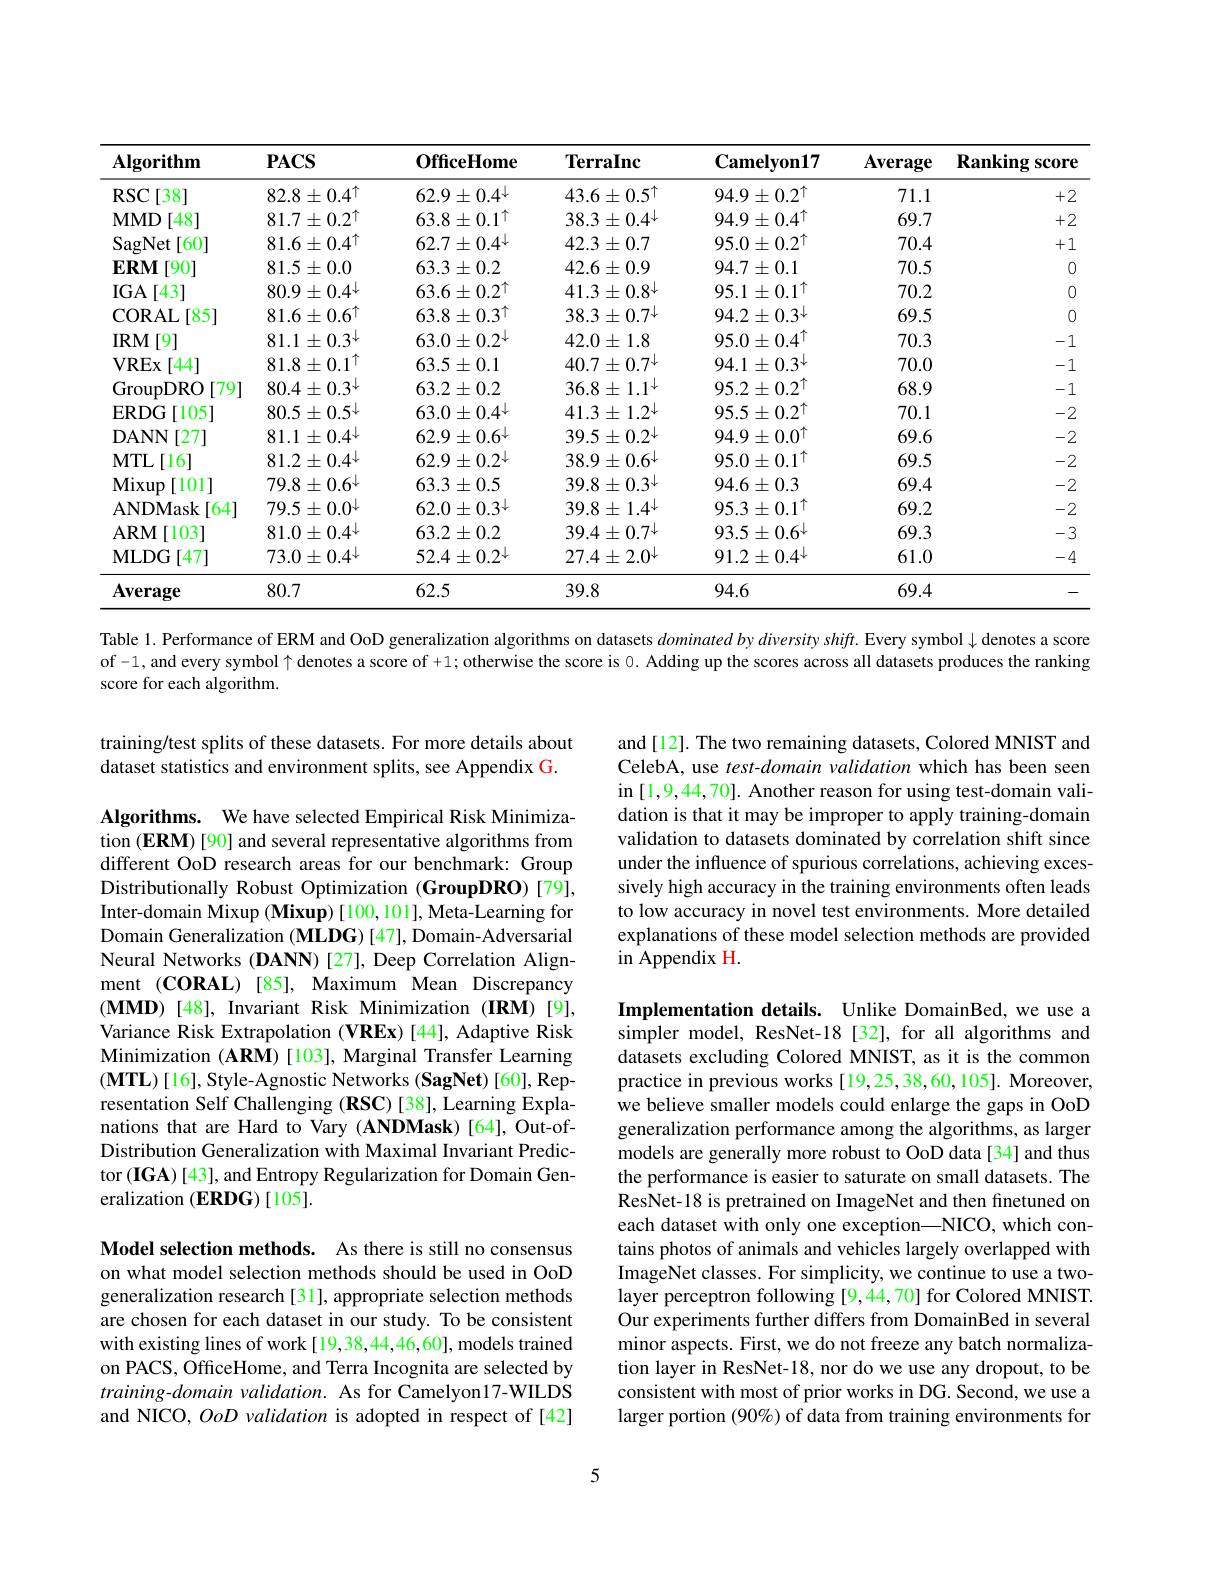
<table>
	<tbody>
		<tr>
			<th>$\mathbf{Algorithm}$</th>
			<th>$PACS$</th>
			<th>$\mathbf{OfficeHome}$</th>
			<th>$\mathbf{TerraInc}$</th>
			<th>$\mathbf{Camelyon17}$</th>
			<th>$\mathbf{Average}$</th>
			<th>$\mathbf{Ranking}$ $\mathbf{score}$</th>
		</tr>
		<tr>
			<td>$RSC$ $[38^{-}$</td>
			<td>$82.8\pm0.4^{\uparrow}$</td>
			<td>$62.9\pm0.4^{\downarrow}$</td>
			<td>$43.6\pm0.5^{\uparrow}$</td>
			<td>$94.9\pm0.2^{\uparrow}$</td>
			<td>71.1</td>
			<td>+2</td>
		</tr>
		<tr>
			<td>$\mathbf{MMD}$ $\lceil48^{-}$</td>
			<td>$81.7\pm0.2^{\uparrow}$</td>
			<td>$63.8\pm0.1^{\uparrow}$</td>
			<td>$38.3\pm0.4^{\downarrow}$</td>
			<td>$94.9\pm0.4^{\uparrow}$</td>
			<td>69.7</td>
			<td>+2</td>
		</tr>
		<tr>
			<td>SagNet $\lceil60\rceil$</td>
			<td>$81.6\pm0.4^{\uparrow}$</td>
			<td>$62.7\pm0.4^{\downarrow}$</td>
			<td>$42.3\pm0.7$</td>
			<td>$95.0\pm0.2^{\uparrow}$</td>
			<td>70.4</td>
			<td>+1</td>
		</tr>
		<tr>
			<td>$\mathbf{ERM}$ 901</td>
			<td>$81.5\pm0.0$</td>
			<td>$63.3\pm0.2$</td>
			<td>$42.6\pm0.9$</td>
			<td>$94.7\pm0.1$</td>
			<td>70.5</td>
			<td>0</td>
		</tr>
		<tr>
			<td>$IGA$ [43]</td>
			<td>$80.9\pm0.4^{\downarrow}$</td>
			<td>$63.6\pm0.2^{\uparrow}$</td>
			<td>$41.3\pm0.8^{\downarrow}$</td>
			<td>$95.1\pm0.1^{\uparrow}$</td>
			<td>70.2</td>
			<td>$C$</td>
		</tr>
		<tr>
			<td>CORAL [85] 1</td>
			<td>$81.6\pm0.6^{\uparrow}$</td>
			<td>$63.8\pm0.3^{\uparrow}$</td>
			<td>$38.3\pm0.7^{\downarrow}$</td>
			<td>$94.2\pm0.3^{\downarrow}$</td>
			<td>69.5</td>
			<td>$C$</td>
		</tr>
		<tr>
			<td>$IRM$ [9]</td>
			<td>$81.1\pm0.3^{\downarrow}$</td>
			<td>$63.0\pm0.2^{\downarrow}$</td>
			<td>$42.0\pm1.8$</td>
			<td>$95.0\pm0.4^{\mathrm{T}}$</td>
			<td>70.3</td>
			<td>-1</td>
		</tr>
		<tr>
			<td>VREx $\lceil44$</td>
			<td>$81.8\pm0.1^{\uparrow}$</td>
			<td>$63.5\pm0.1$</td>
			<td>$40.7\pm0.7^{\downarrow}$</td>
			<td>$94.1\pm0.3^{\downarrow}$</td>
			<td>70.0</td>
			<td>-1</td>
		</tr>
		<tr>
			<td>GroupDRO [79]</td>
			<td>$80.4\pm0.3^{\downarrow}$</td>
			<td>$63.2\pm0.2$</td>
			<td>$36.8\pm1.1^{\downarrow}$</td>
			<td>$95.2\pm0.2^{\uparrow}$</td>
			<td>68.9</td>
			<td>-1</td>
		</tr>
		<tr>
			<td>[105] $\operatorname{ERDG}$</td>
			<td>$80.5\pm0.5^{\downarrow}$</td>
			<td>$63.0\pm0.4^{\downarrow}$</td>
			<td>$41.3\pm1.2^{\downarrow}$</td>
			<td>$95.5\pm0.2^{\uparrow}$</td>
			<td>70.1</td>
			<td>-2</td>
		</tr>
		<tr>
			<td>[27] DANN</td>
			<td>$81.1\pm0.4^{\downarrow}$</td>
			<td>$62.9\pm0.6^{\downarrow}$</td>
			<td>$39.5\pm0.2^{\downarrow}$</td>
			<td>$94.9\pm0.0^{\uparrow}$</td>
			<td>69.6</td>
			<td>-2</td>
		</tr>
		<tr>
			<td>$MTL$ [16]</td>
			<td>$81.2\pm0.4^{\downarrow}$</td>
			<td>$62.9\pm0.2^{\downarrow}$</td>
			<td>$38.9\pm0.6^{\downarrow}$</td>
			<td>$95.0\pm0.1^{\uparrow}$</td>
			<td>69.5</td>
			<td>-2</td>
		</tr>
		<tr>
			<td>Mixup 1011</td>
			<td>$79.8\pm0.6^{\downarrow}$</td>
			<td>$63.3\pm0.5$</td>
			<td>$39.8\pm0.3^{\downarrow}$</td>
			<td>$94.6\pm0.3$</td>
			<td>69.4</td>
			<td>-2</td>
		</tr>
		<tr>
			<td>ANDMask $\lceil64\rceil$</td>
			<td>$79.5\pm0.0^{\downarrow}$</td>
			<td>$62.0\pm0.3^{\downarrow}$</td>
			<td>$39.8\pm1.4^{\downarrow}$</td>
			<td>$95.3\pm0.1^{\uparrow}$</td>
			<td>69.2</td>
			<td>-2</td>
		</tr>
		<tr>
			<td>$\mathbf{ARM}$ $[103^{..}]$</td>
			<td>$81.0\pm0.4^{\downarrow}$</td>
			<td>$63.2\pm0.2$</td>
			<td>$39.4\pm0.7^{\downarrow}$</td>
			<td>$93.5\pm0.6^{\downarrow}$</td>
			<td>69.3</td>
			<td>一 $\begin{array}{c}{r}\\{r}\end{array}$</td>
		</tr>
		<tr>
			<td>MLDG$\left [ 47\right ]$</td>
			<td>$73.0\pm0.4^{\downarrow}$</td>
			<td>$52.4\pm0.2^{\downarrow}$</td>
			<td>$27.4\pm2.0^{\downarrow}$</td>
			<td>$91.2\pm0.4^{\downarrow}$</td>
			<td>61.0</td>
			<td>一 $\angle$</td>
		</tr>
		<tr>
			<td>$\mathbf{Average}$</td>
			<td>80.7</td>
			<td>62.5</td>
			<td>39.8</td>
			<td>94.6</td>
			<td>69.4</td>
			<td> </td>
		</tr>
	</tbody>
</table>

Table 1. Performance of ERM and OoD generalization algorithms on datasets $dominated\textit{bydiversityshift. Everysymbol denotesa score}$

of -1, and every symbol $\uparrow$ denotes a score of +1; otherwise the score is 0. Adding up the scores across all datasets produces the ranking

score for each algorithm.

training/test splits of these datasets. For more details about dataset statistics and environment splits, see Appendix G.

and [12]. The two remaining datasets, Colored MNIST and CelebA, use test-domain validation which has been seen in [ 1, 9, 44, 70] . Another reason for using test- domain vali- dation is that it may be improper to apply training-domain validation to datasets dominated by correlation shift since under the influence of spurious correlations, achieving excessively high accuracy in the training environments often leads to low accuracy in novel test environments. More detailed explanations of these model selection methods are provided $\operatorname{in}$Appendix H.

Algorithms. We have selected Empirical Risk Minimization (ERM) [90] and several representative algorithms from different OoD research areas for our benchmark: Group Distributionally Robust Optimization (GroupDRO) [79], Inter-domain Mixup (Mixup) [100,101], Meta-Learning for Domain Generalization (MLDG) [47], Domain-Adversarial Neural Networks (DANN) [27], Deep Correlation Alignment (CORAL)[85], Maximum Mean Discrepancy $(\mathbf{MMD})$ [48], Invariant Risk Minimization (IRM)[9], Variance Risk Extrapolation (VREx) [44], Adaptive Risk Minimization (ARM)[103], Marginal Transfer Learning $(\mathbf{MTL})[16]$,Style-Agnostic Networks (SagNet) [60], Representation Self Challenging (RSC) [38], Learning Explanations that are Hard to Vary (ANDMask)[64], Out-ofDistribution Generalization with Maximal Invariant Predictor (IGA) [43], and Entropy Regularization for Domain Generalization (ERDG)[105].

Implementation details. Unlike DomainBed, we use a simpler model, ResNet-18 [32], for all algorithms and datasets excluding Colored MNIST, as it is the common practice in previous works[19,25,38,60,105]. Moreover, we believe smaller models could enlarge the gaps in OoD generalization performance among the algorithms, as larger models are generally more robust to OoD data[34] and thus the performance is easier to saturate on small datasets. The ResNet-18 is pretrained on ImageNet and then finetuned on each dataset with only one exception—NICO, which contains photos of animals and vehicles largely overlapped with ImageNet classes. For simplicity, we continue to use a twolayer perceptron following[9,44,70] for Colored MNIST. Our experiments further differs from DomainBed in several minor aspects. First, we do not freeze any batch normalization layer in ResNet-18, nor do we use any dropout, to be consistent with most of prior works in DG. Second, we use a larger portion (90%) of data from training environments for

Model selection methods. As there is still no consensus on what model selection methods should be used in OoD generalization research [31], appropriate selection methods are chosen for each dataset in our study. To be consistent with existing lines of work[19,38,44,46,60], models trained on PACS, OffceHome, and Terra Incognita are selected by training-domain validation. As for Camelyon17-WILDS and NICO, OoD validation is adopted in respect of [42]

5